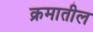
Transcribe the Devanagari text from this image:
क्रमातील